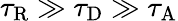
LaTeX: \tau_{\mathrm{R}}\gg\tau_{\mathrm{D}}\gg\tau_{\mathrm{A}}